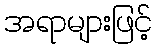
အရာများဖြင့်